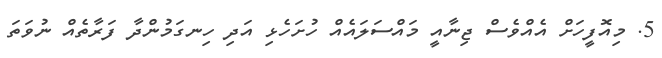
5. މިއޮފީހަށް އެއްވެސް ޖިނާއީ މައްސަލައެއް ހުށަހެޅި އަދި ހިނގަމުންދާ ފަރާތެއް ނުވަތަ